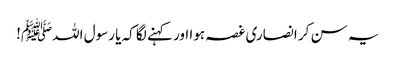
یہ سن کر انصاری غصہ ہوا اور کہنے لگا کہ یا رسول اللہﷺ!